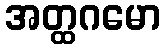
အတ္ထဂမော